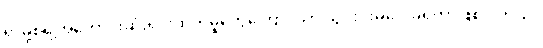
ရာမို့စ်ရဲဲ့အကောင်းဆုံးရှင်းထုတ်မှုတွေကြောင့်သာ သွင်းဂိုးမပေးခဲ့ရတာဖြစ်ပါတယ်။